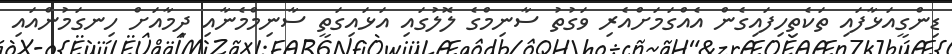
ޑިންގީއަޅާފައި ތަކެތިހިފައިގެން އެއްގަމަށްއެރި ވަގުތު ސާނިމްގެ ލޮލުގައި އަޅައިގަތީ ސާނިމްމެނާއި ދިމާއަށް ހިނގަމުންއައި